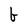
Character: b